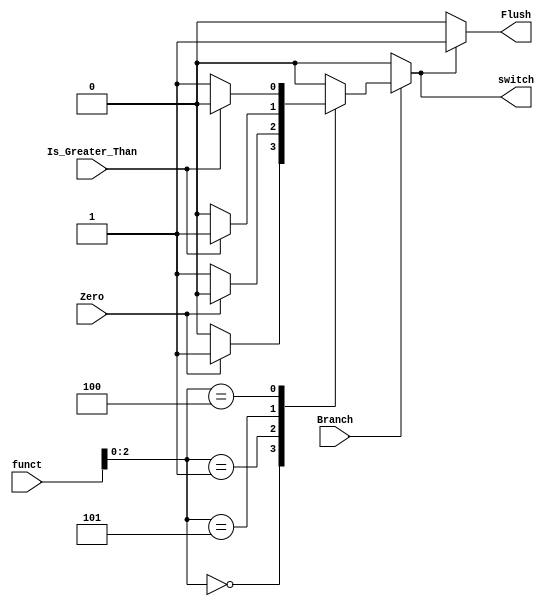
module Branch_Control
(
input Branch, Zero, Is_Greater_Than,
input [3:0] funct,
output reg switch, Flush
);


always @(*) begin
// Check if Branch signal is 1 then we swithc branch and flush else not
if (Branch) begin

    // Use a case statement based on funct[2:0] value
    case ({funct[2:0]})

        // Case when funct[2:0] is 3'b000
        3'b000: begin
            // Check if Zero signal is active
            if (Zero)
                switch = 1;  // Set switch_branch to 1
            else
                switch = 0;  // Set switch_branch to 0
        end

        // Case when funct[2:0] is 3'b001
        3'b001: begin
            // Check if Zero signal is active
            if (Zero)
                switch = 0;  // Set switch_branch to 0
            else
                switch = 1;  // Set switch_branch to 1
        end

        // Case when funct[2:0] is 3'b101
        3'b101: begin
            // Check if Is_Greater_Than signal is active
            if (Is_Greater_Than)
                switch = 1;  // Set switch_branch to 1
            else
                switch = 0;  // Set switch_branch to 0
        end

        // Case when funct[2:0] is 3'b100
        3'b100: begin
            // Check if Is_Greater_Than signal is active
            if (Is_Greater_Than)
                switch = 0;  // Set switch_branch to 0
            else
                switch = 1;  // Set switch_branch to 1
        end

        // Default case
        default: switch = 0;  // Set switch_branch to 0

    endcase

end

else
    switch = 0;  // Set switch_branch to 0 if Branch signal is inactive
end

always @(switch) begin
    // Based on the switch_branch value
    if (switch)
        Flush = 1;  // switch_branch is 1
    else
        Flush = 0;  // switch_branch is 0
    
end

endmodule